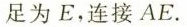
足为E，连接AE.